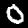
Digit: 0